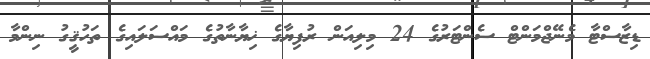
ޑިޒާސްޓާ މެނޭޖްމަންޓް ސެންޓަރުގެ 24 މިލިއަން ރުފިޔާގެ ޚިޔާނާތުގެ މައްސަލައިގެ ތަހުޤީގު ނިންމާ